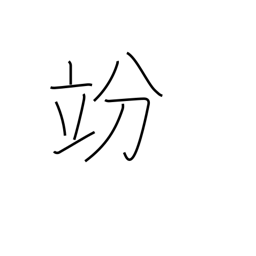
Meaning: decilitre